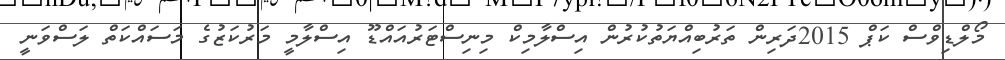
މޯލްޑިވްސް ކަޕް 2015ދަރިން ތަރުބިއްޔަތުކުރުން އިސްލާމިކް މިނިސްޓަރުއައްޑޫ އިސްލާމީ މަރުކަޒުގެ މަސައްކަތް ލަސްވަނީ